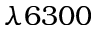
\lambda 6 3 0 0